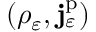
( \rho _ { \varepsilon } , \mathbf { j } _ { \varepsilon } ^ { \mathrm { p } } )